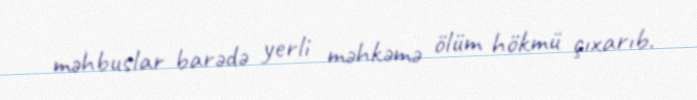
məhbuslar barədə yerli məhkəmə ölüm hökmü çıxarıb.